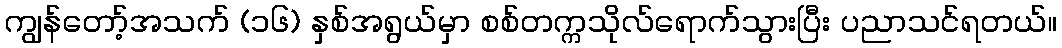
ကျွန်တော့်အသက် (၁၆) နှစ်အရွယ်မှာ စစ်တက္ကသိုလ်ရောက်သွားပြီး ပညာသင်ရတယ်။